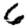
Digit: 6